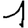
Digit: 1